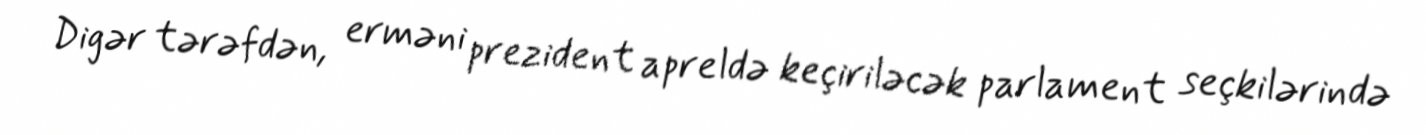
Digər tərəfdən, erməni prezident apreldə keçiriləcək parlament seçkilərində